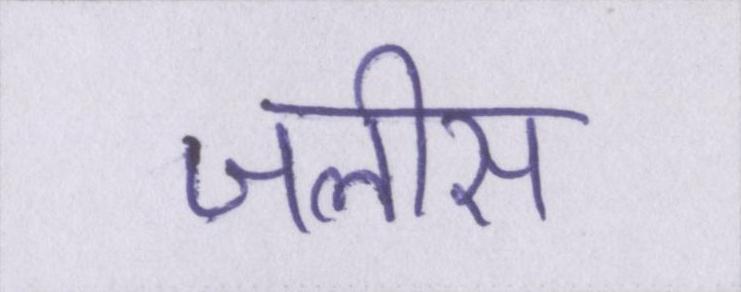
जलीस